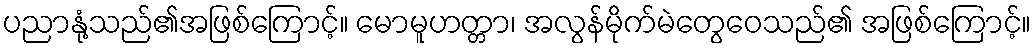
ပညာနုံ့သည်၏အဖြစ်ကြောင့်။ မောမူဟတ္တာ၊ အလွန်မိုက်မဲတွေဝေသည်၏ အဖြစ်ကြောင့်။